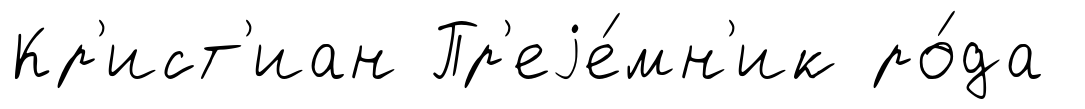
Кр'ист'иан Пр'еjе́мн'ик ро́да